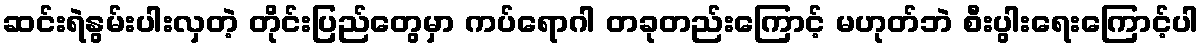
ဆင်းရဲနွမ်းပါးလှတဲ့ တိုင်းပြည်တွေမှာ ကပ်ရောဂါ တခုတည်းကြောင့် မဟုတ်ဘဲ စီးပွါးရေးကြောင့်ပါ